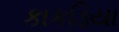
કાકડિયા